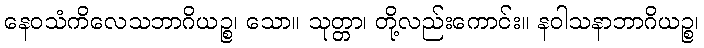
နေဝသံကိလေသဘာဂိယဉ္စ၊ သော။ သုတ္တာ၊ တို့လည်းကောင်း။ နဝါသနာဘာဂိယဉ္စ၊